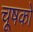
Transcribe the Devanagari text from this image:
चूषको